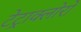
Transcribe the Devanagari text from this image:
टेट्राक्लोरो